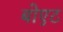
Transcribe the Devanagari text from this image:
बोएट